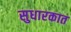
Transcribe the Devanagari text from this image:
सुधारकात